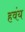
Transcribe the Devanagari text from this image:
हवंय